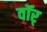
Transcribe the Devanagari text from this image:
वॉर्